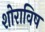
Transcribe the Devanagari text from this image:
शोराविष